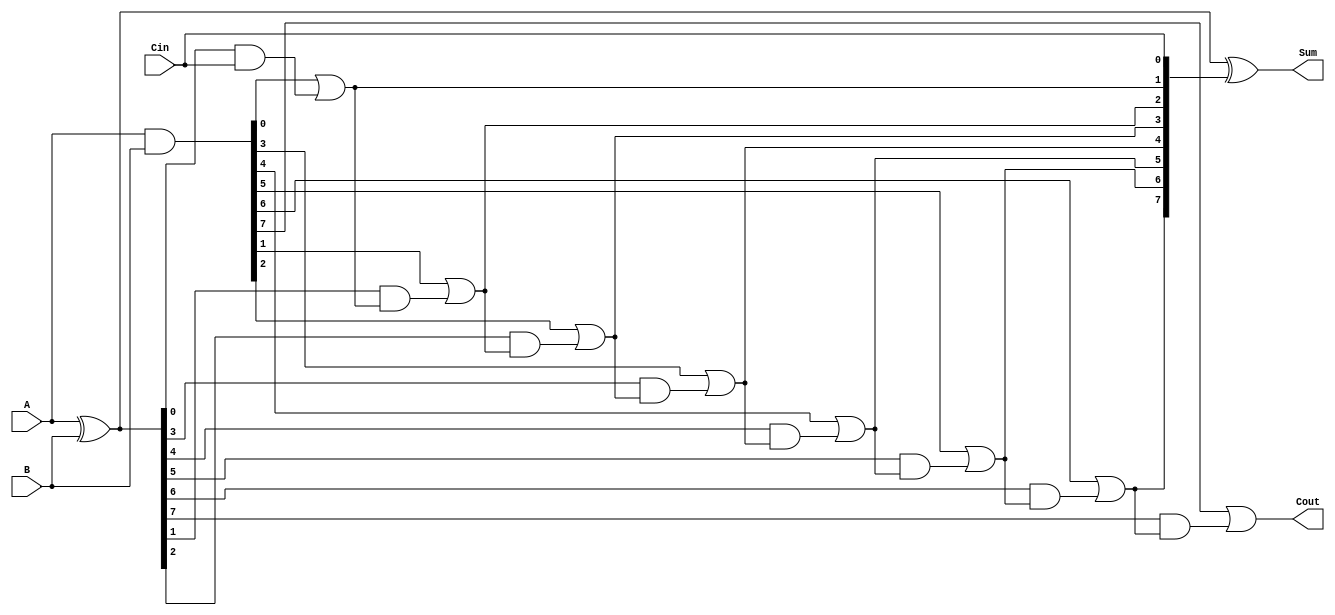
module ManchesterCarryChainAdder #(parameter n = 8) (
    input  wire [n-1:0] A,      // First input
    input  wire [n-1:0] B,      // Second input
    input  wire Cin,             // Carry-in
    output wire [n-1:0] Sum,     // Sum output
    output wire Cout             // Carry-out
);

    // Generate and Propagate signals
    wire [n-1:0] G; // Generate signals
    wire [n-1:0] P; // Propagate signals
    wire [n:0] C;   // Carry signals (C[0] = Cin)

    // Generate and Propagate logic
    assign G = A & B;          // G[i] = A[i] & B[i]
    assign P = A ^ B;          // P[i] = A[i] ^ B[i]

    // Carry chain logic
    assign C[0] = Cin;         // Initial carry-in
    genvar i;
    generate
        for (i = 0; i < n; i = i + 1) begin : carry_chain
            if (i == 0) begin
                assign C[i + 1] = G[i] | (P[i] & C[i]); // C[1] = G[0] | (P[0] & C[0])
            end else begin
                assign C[i + 1] = G[i] | (P[i] & C[i]); // C[i+1] = G[i] | (P[i] & C[i])
            end
        end
    endgenerate

    // Sum calculation
    assign Sum = P ^ C[n-1:0]; // Sum[i] = P[i] ^ C[i]

    // Carry-out
    assign Cout = C[n];        // Final carry-out

endmodule